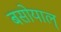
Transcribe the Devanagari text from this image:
बसोयाल्